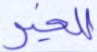
للخير